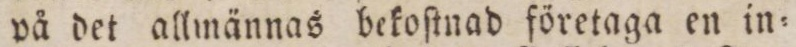
på det allmännas bekoſtnad företaga en in=